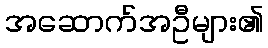
အဆောက်အဦများ၏